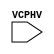
//
// Copyright (C) 2010 Renesas Electronics Corporation. All rights reserved.
// Verilog-Model
// v1.0     2010.07.22 T.Kawano
//                     New Create
//
/*
##################################################################
#   PDB Version : v1.0
#   LIB Version : v1.0
#   MF3_SS3rd Series Capacitance Macro for Flash
#   Macro Name : QNSC3NCPDC0V1
##################################################################
*/

`timescale 1ps / 1ps
`celldefine
`ifdef verifault
    `suppress_faults
    `enable_portfaults
`endif

module QNSC3NCPDC0V1 ( VCPHV );

input   VCPHV;

buf (_VCPHV, VCPHV);

endmodule

`ifdef verifault
    `nosuppress_faults
    `disable_portfaults
`endif
`endcelldefine